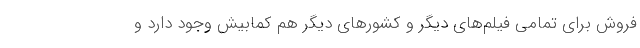
فروش برای تمامی فیلم‌های دیگر و کشورهای دیگر هم کمابیش وجود دارد و